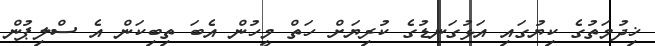
ޚިދުމަތުގެ ކިޔުގައި އަޅުގަނޑުގެ ކުރިޔަށް ހަތް މީހުން އެބަ ތިބިކަން އެ ސްލިޕުން